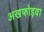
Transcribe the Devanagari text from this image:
अखफोड़वा